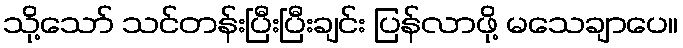
သို့သော် သင်တန်းပြီးပြီးချင်း ပြန်လာဖို့ မသေချာပေ။